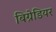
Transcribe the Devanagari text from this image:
बिग्रेडियर